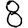
Digit: 8